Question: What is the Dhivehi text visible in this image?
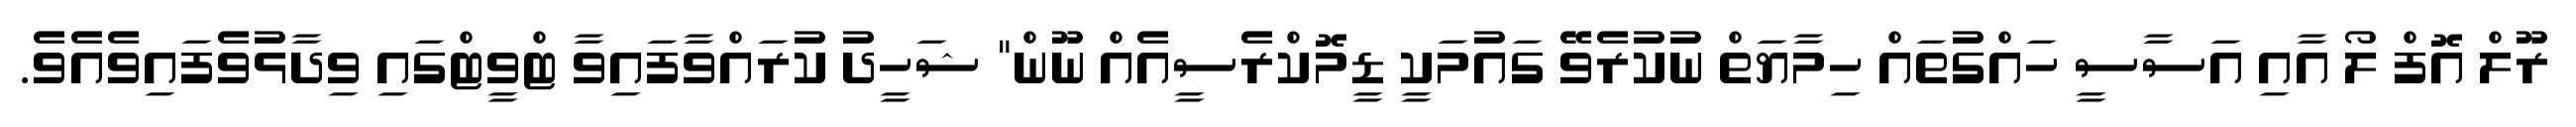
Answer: ރޫލް އޮފް ލޯ އާއި އަސާސީ ހައްގުތައް ހިމާޔަތް ނުކުރެވޭ ގައުމަކީ ޑީމޮކްރެސީއެއް ނޫން" ޝަހީދު ކުރައްވާފައިވާ ޓްވީޓްގައި ވިދާޅުވެފައިވެއެވެ.